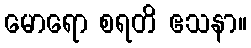
မောရော စရတိ ဧသနာ။